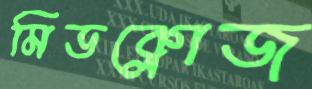
মিডক্লোজ